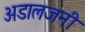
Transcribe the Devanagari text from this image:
अडालजनी